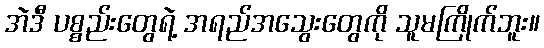
အဲဒီ ပစ္စည်းတွေရဲ့ အရည်အသွေးတွေကို သူမကြိုက်ဘူး။